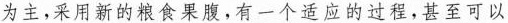
为主，采用新的粮食果腹，有一个适应的过程，甚至可以